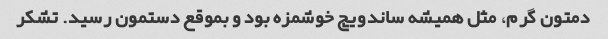
دمتون گرم، مثل همیشه ساندویچ خوشمزه بود و بموقع دستمون رسید. تشکر